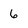
Character: 6